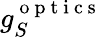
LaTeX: g_{S}^{\mathrm{~o~p~t~i~c~s~}}